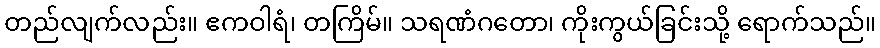
တည်လျက်လည်း။ ဧကဝါရံ၊ တကြိမ်။ သရဏံဂတော၊ ကိုးကွယ်ခြင်းသို့ ရောက်သည်။